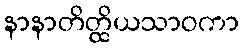
နာနာတိတ္ထိယသာဝကာ